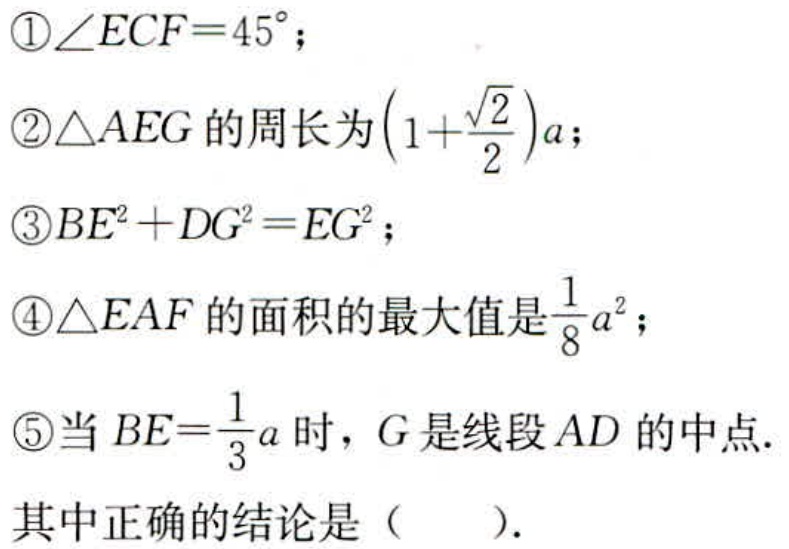
\textcircled{1}$\angle ECF = 45^{\circ}$；
\textcircled{2}$\triangle AEG$的周长为$\left(1 + \frac{\sqrt{2}}{2}\right)a$；
\textcircled{3}$BE^{2}+DG^{2}=EG^{2}$；
\textcircled{4}$\triangle EAF$的面积的最大值是$\frac{1}{8}a^{2}$；
\textcircled{5}当$BE=\frac{1}{3}a$时，$G$是线段$AD$的中点.
其中正确的结论是（  ）.